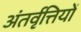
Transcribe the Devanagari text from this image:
अंतर्वृत्तियों